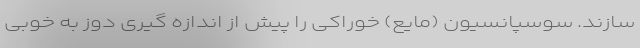
سازند. سوسپانسیون (مایع) خوراکی را پیش از اندازه گیری دوز به خوبی